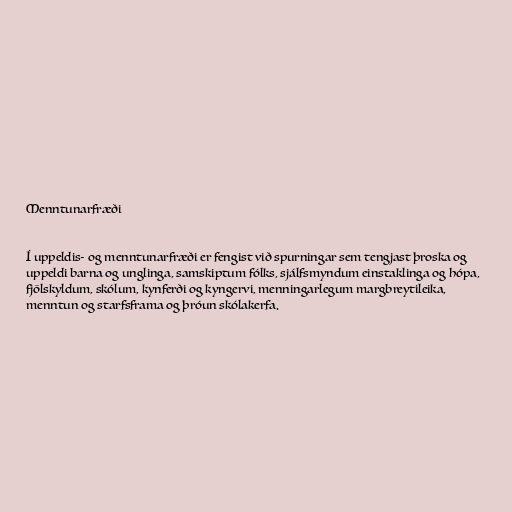
Menntunarfræði

Í uppeldis- og menntunarfræði er fengist við spurningar sem tengjast þroska og
uppeldi barna og unglinga, samskiptum fólks, sjálfsmyndum einstaklinga og hópa,
fjölskyldum, skólum, kynferði og kyngervi, menningarlegum margbreytileika,
menntun og starfsframa og þróun skólakerfa.